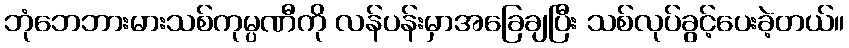
ဘုံဘေဘားမားသစ်ကုမ္ပဏီကို လန်ပန်းမှာအခြေချပြီး သစ်လုပ်ခွင့်ပေးခဲ့တယ်။